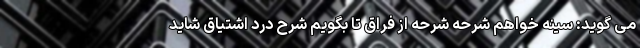
می گوید: سینه خواهم شرحه شرحه از فراق تا بگویم شرح درد اشتیاق شاید